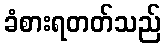
ခံစားရတတ်သည်